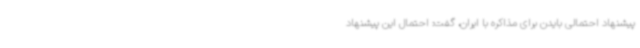
پیشنهاد احتمالی بایدن برای مذاکره با ایران، گفت: احتمال این پیشنهاد